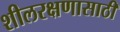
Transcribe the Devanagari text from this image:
शीलरक्षणासाठी